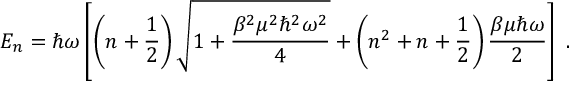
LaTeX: E _ { n } = \hbar \omega \left[ \left( n + \frac { 1 } { 2 } \right) \sqrt { 1 + \frac { \beta ^ { 2 } \mu ^ { 2 } \hbar ^ { 2 } \omega ^ { 2 } } { 4 } } + \left( n ^ { 2 } + n + \frac { 1 } { 2 } \right) \frac { \beta \mu \hbar \omega } { 2 } \right] \; .